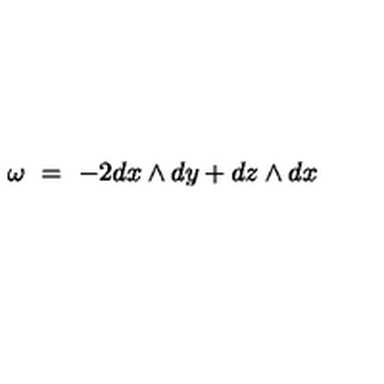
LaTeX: \omega \ = \ - 2 d x \wedge d y + d z \wedge d x